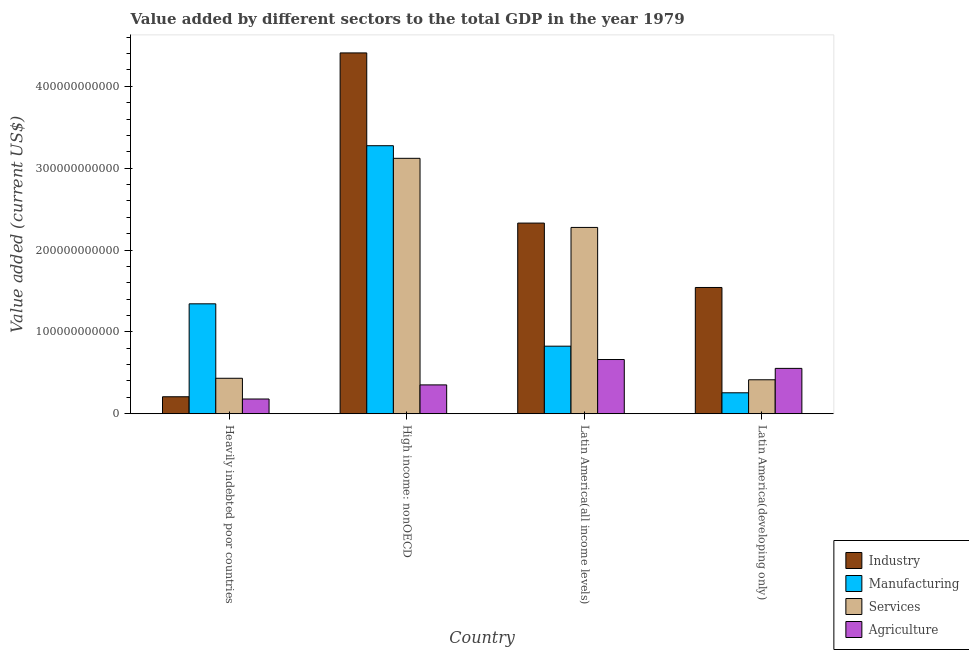
| Country | Industry | Manufacturing | Services | Agriculture |
 | --- | --- | --- | --- | --- |
 | Heavily indebted poor countries | 2.07e+10 | 1.34e+11 | 4.33e+10 | 1.8e+10 |
 | High income: nonOECD | 4.41e+11 | 3.27e+11 | 3.12e+11 | 3.52e+10 |
 | Latin America(all income levels) | 2.33e+11 | 8.25e+10 | 2.28e+11 | 6.62e+10 |
 | Latin America(developing only) | 1.54e+11 | 2.56e+10 | 4.15e+10 | 5.54e+10 |